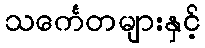
သင်္ကေတများနှင့်